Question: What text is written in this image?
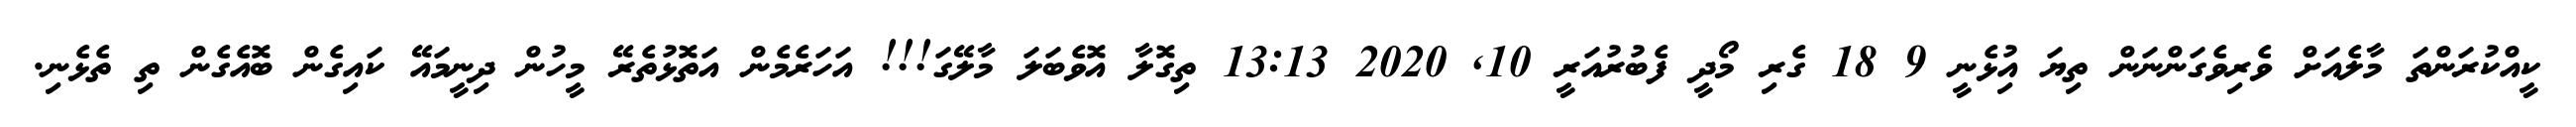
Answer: ކީއްކުރަންތަ މާލެއަށް ވެރިވެގަންނަން ތިޔަ އިުޅެނީ 9 18 ގެރި މޯދީ ފެބުރުއަރީ 10, 2020 13:13 ތިގޮލާ އޮވެބަލަ މާލޭގަ!!! އަހަރެމެން އަތޮޅުތެރޭ މީހުން ދިނީމައޭ ކައިގެން ބޮއެގެން ތި ތެޅެނި.